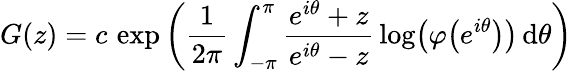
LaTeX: G(z)=c\, \exp\left({\frac{1}{2\pi}}\int_{-\pi}^{\pi}{\frac{e^{i\theta}+z}{e^{i\theta}-z}}\log\! \left(\varphi\! \left(e^{i\theta}\right)\right)\, \mathrm{d}\theta\right)